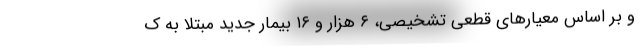
و بر اساس معیارهای قطعی تشخیصی، ۶ هزار و ۱۶ بیمار جدید مبتلا به ک